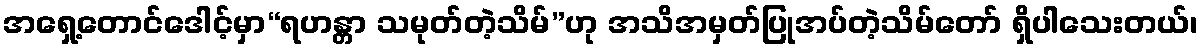
အရှေ့တောင်ဒေါင့်မှာ“ရဟန္တာ သမုတ်တဲ့သိမ်”ဟု အသိအမှတ်ပြုအပ်တဲ့သိမ်တော် ရှိပါသေးတယ်၊